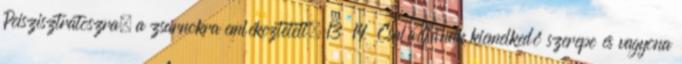
Peiszisztratoszra, a zsarnokra emlékeztetett. 13 14 Családjának kiemelkedő szerepe és vagyona